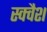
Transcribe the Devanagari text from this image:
स्‍क्‍वैश